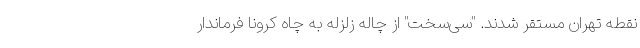
نقطه تهران مستقر شدند. "سی‌سخت" از چاله زلزله به چاه کرونا فرماندار